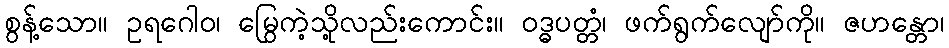
စွန့်သော။ ဥရဂေါဝ၊ မြွေကဲ့သို့လည်းကောင်း။ ဝဒ္ဓပတ္တံ၊ ဖက်ရွက်လျော်ကို။ ဇဟန္တော၊